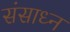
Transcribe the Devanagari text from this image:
संसाध्न